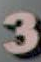
3